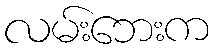
လမ်းဘေးက